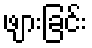
ဖျားခြင်း